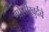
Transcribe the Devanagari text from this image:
गोसीखुर्दचे